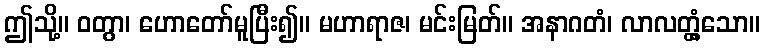
ဤသို့။ ဝတွာ၊ ဟောတော်မူပြီး၍။ မဟာရာဇ၊ မင်းမြတ်။ အနာဂတံ၊ လာလတ္တံ့သော။